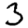
Digit: 3